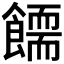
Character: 𩞪